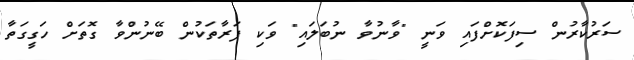
ސަރުކާރުން ސިފަކޮށްފައި ވަނީ "ވާނުވާ ނުބަލައި" ވަކި ފަރާތަކުން ބޭނުންވާ ގޮތަށް ހަގީގަތާ